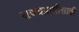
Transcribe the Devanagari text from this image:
राज्यप्राप्तीसाठी